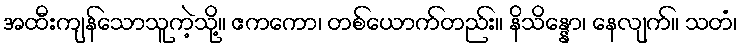
အထီးကျန်သောသူကဲ့သို့။ ဧကကော၊ တစ်ယောက်တည်း။ နိသိန္နော၊ နေလျက်။ သတံ၊